Lunatic asylums Bombay report 1878-1890 - 1878-1890
Year: 1878
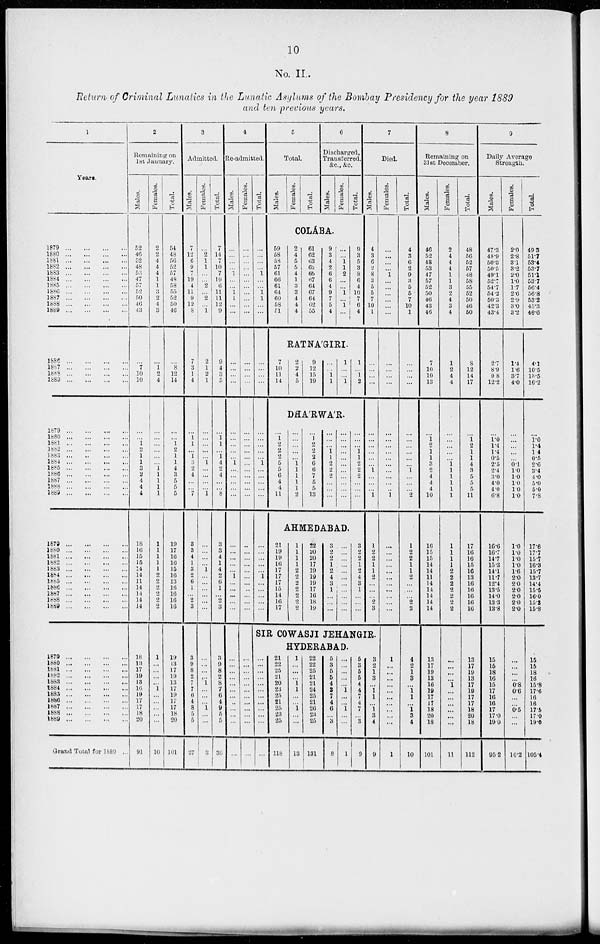
10
No. II.
Return of Criminal Lunatics in the Lunatic Asylums of the Bombay Presidency for the year 1889
and ten previous years.
1
Years.
1879
...
...
...
...
1880
...
...
...
...
1881 ... ... ... ...
1882
...
...
...
...
1883
...
...
...
...
1884
...
...
...
...
1885
...
...
...
...
1886 ... ... ... ...
1887
...
...
...
...
1888 ... ... ... ...
1889
...
...
...
...
1886 ... ... ... ...
1887
...
...
...
...
1888 ... ... ... ...
1889 ... ... ... ...
1879
...
...
...
...
1880
...
...
...
...
1881 ... ... ... ...
1882
...
...
...
...
1883
...
...
...
...
1884
...
...
...
...
1885
...
...
...
...
1886
...
...
...
...
1887
...
...
...
...
1888
...
...
...
...
1889
...
...
...
...
1879
...
...
...
...
1880
...
...
...
...
1881
...
...
...
...
1882
...
...
...
...
1883
...
...
...
...
1884
...
...
...
...
1885
...
...
...
...
1886
...
...
...
...
1887
...
...
...
...
1888
...
...
...
...
1889
...
...
...
...
1879
...
...
...
...
1880
...
...
...
...
1881
...
...
...
...
1882
...
...
...
...
1883
...
...
...
...
1884 ... ... ... ...
1885
...
...
...
...
1886
...
...
...
...
1887
...
...
...
...
1888
...
...
...
...
1889
...
...
...
...
Grand Total for 1889 ...
2
Remaining on
1st January.
Males.
52
46
52
48
53
47
57
52
50
46
43
...
7
10
10
...
...
1
2
1
1
3
2
4
4
4
18
16
15
15
14
14
11
14
14
14
14
18
13
17
19
13
16 19
17
17
18
20
91
Females.
2
2
4
4
4
1
1
3 2
4
3
...
1 2
4
...
...
...
...
...
...
1 1
1
1
1
1
1
1
1
1 2
2
2
2
2
2
1
...
...
...
...
1
...
...
...
...
...
10
Total.
54
48
56 52
57
48
58 55
52
50
46
...
8
12
14
...
...
1 2
1
1
4
3
5 5
5
19
17
10
16
15
16
13
16
16
16
16
19
13
17
19
13
17
19
17
17
18
20
101
3
Admitted.
Males.
7
12
6
9 7
19
4
11
9
12
8
7
3
1
4
...
1 1
...
1
3 2
4
...
...
7
3
3
4
1
3
2
6 1
...
2
3
3
9
8
2
7
7
6
4
8
5
5
27
Females.
...
2
1
1
...
...
2 ...
2
...
1
2
1
2
1
...
...
...
...
...
1
...
...
... ...
1
...
...
...
...
1
...
...
...
...
...
...
...
...
...
...
1
...
...
...
1
...
...
3
Total.
7
14
7
10
7
19
6
11
11
12
9
9
4
3
5
...
1 1
...
1 4
2
4
...
...
8
3
3
4
1
4
2
6 1
...
2
3
3
9
8
2
8
7
6 4
9
5
5
30
4
Re-admitted.
Males.
...
...
...
...
1
...
...
1 1
...
...
...
...
...
...
...
...
...
...
...
1
...
...
...
...
...
...
...
...
...
...
1
...
...
...
...
...
...
...
...
...
...
...
...
...
...
...
...
...
Females.
...
...
...
...
...
...
...
...
...
...
...
...
...
...
...
...
...
...
...
...
...
...
...
...
...
...
...
...
...
...
...
...
...
...
...
...
...
...
...
...
...
...
...
...
...
...
...
...
...
Total.
...
...
...
...
1
...
...
1 1
...
...
...
...
...
...
...
...
...
...
...
1
...
...
...
...
...
...
...
...
...
...
1
...
...
...
...
...
5
Total.
Males.
Females.
Total.
6
Discharged,
Transferred,
&c.,&c.
Males.
Females.
Total.
COLA'BA.
59
58
58
57
61
66
61
64
60
58
51
2
4
5
5
4
1
3
3
4
4
4
61
62
63
62
65
67
64
67
64
62
55
9
3
4
2
6
6
4
9
7
5
4
...
...
1
1
2
...
...
1
...
1
...
9
3
5
3
8
6
4
10
7
6
4
RATNA'GIRI
7
10
11
14
2
2
4
5
9
12
15
19
...
...
1 1
1
...
...
1
1
...
1
2
DHA'RWA'R.
...
1
2
2
2
5
5
6 4
4
11
...
...
...
...
...
1
1
1
1
1
2
...
1
2
2
2
6
6
7
5
5
13
...
...
...
1
1
2
2
2
...
...
...
...
...
...
...
...
...
...
...
...
...
...
...
...
...
1 1
2
2
2
...
...
...
AHMEDABAD.
21
19
19
16
17
17
17
15
14
16
17
1
1
1
1
2
2
2
2
2
2 2
22
20
20
17
19
19
19
17
16
18
19
3
2
2
1
2
4
3
1
...
...
...
...
...
...
...
...
...
...
...
...
...
...
3
2
2
1
2
4
3
1
...
...
...
7
Died.
Males.
4
3
6
2
8
3
5
5
7
10
1
...
...
...
...
...
...
...
...
...
...
1
...
...
...
1
1
2
2
1
1
2
...
...
...
2
3
SIR COWASJI JEHANGIR.
HYDERABAD.
...
...
...
...
...
...
...
...
...
...
...
...
21
22
25
21
20
23
25
21
25
23
25
118
1
...
...
... 1
1
...
...
1
...
...
13
22
22
25
21
21
24
25
21
26
23
25
131
5
3
5 5
4
3 7
4
6
...
3
8
...
...
...
...
...
1
...
...
1
...
...
1
5
3
5
5
4
4
7
4
7
...
3
9
3
2
1
3
...
1 1
...
1 3
4
9
Females.
...
...
...
...
1
...
...
...
...
...
...
...
...
...
...
...
...
...
...
...
...
...
...
...
...
1
...
...
...
...
...
...
...
...
...
...
...
1
...
...
...
...
...
...
...
...
...
...
1
Total.
4
3
6
2
9
3
5
5
7
10
1
...
...
...
...
...
...
...
...
...
...
1
...
...
...
2
1
2
2
1
1
2
...
...
...
2 3
4
2 1
3
...
1 1
...
1 3
4
10
8
Remaining on
31 st December.
Males.
46
52
48
53
47
57
52
50
46
43
46
7
10
10
13
...
1 2
1
1
3
2
4
4
4
10
16
15
15
14
14
11
14
14
14
14
14
13
17
19
13
16
19
17
17
18
20
18
101
Females.
2
4
4
4
1
1
3
2
4
3
4
1
2
4
4
...
...
...
...
...
1 1
1
1
1
1
1
1
1
1
2
2
2
2
2
2
2
...
...
...
...
1
...
...
...
...
...
...
11
Total.
48
56
52
57
48
58
55
52
50
46
50
8
12
14
17
...
1 2
1
1
4
3
5
5
5
11
17
16
16
15
16
13
16
16
16
16
16
13
17
19
13
17
19
17
17
18
20
18
112
9
Daily Average
Strength.
Males.
47.3
48.9
50.3
50.5
49.1
52.7
54.7
54.2
50.3
42.3
43.4
2.7
8.9
9.8
12.2
...
1.0 1.4
1.4
0.5
2.5
2.4
3.0
4.0
4.0
6.8
16.6
16.7
14.7
15.3
14.1
11.7
12.4
13.5
14.0
13.3
13.8
15
16
18
16
15
17
16
16
17
17.0
19.0
95.2
Females.
2.0
2.8
3.1
3.2
2.0
1.0
1.7
2.6
2.9
3.0
3.2
1.4
1.6
3.7
4.0
...
...
...
...
... 0.1
1.0
1.0
1.0 1.0
1.0
1.0
1.0
1.0
1.0 1.6
2.0
2.0
2.0
2.0
2.0
2.0
...
...
...
...
0.8
0.6
...
...
0.5
...
...
10.2
Total.
49.3
51.7
53.4
53.7
51.1
53.7
56.4
56.8
53.2
45.2
46.6
4.1
10.5
13.5
16.2
...
1.0 1.4
1 4
0.5
2.6
3.4
4.0
5.0
5.0
7.8
17.6
17.7
15.7
16.3
15.7
13.7
14.4
15.5
16.0
15.3
15.8
15
16
18
16
15.8
17.6
16
16
17.5
17.0
19.0
105.4